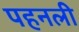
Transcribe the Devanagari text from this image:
पहनली